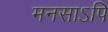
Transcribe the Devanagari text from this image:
मनसाऽपि